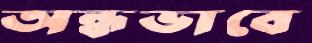
অন্ধভাবে